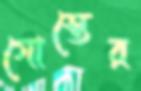
গোস্তের